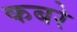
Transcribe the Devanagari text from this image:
कबरे